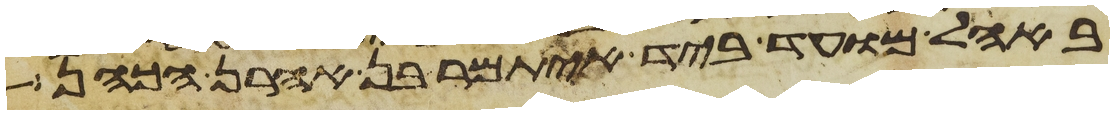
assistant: באהל מועד ביד איתמר בן אהרן הכהן